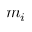
m _ { i }